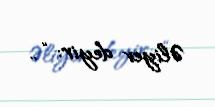
Əliyev deyir: “..